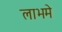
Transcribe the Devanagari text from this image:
लाभमे